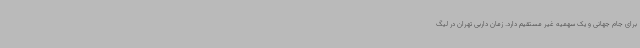
برای جام جهانی و یک سهمیه غیر مستقیم دارد. زمان داربی تهران در لیگ